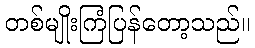
တစ်မျိုးကြံပြန်တော့သည်။